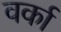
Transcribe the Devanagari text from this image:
वर्का